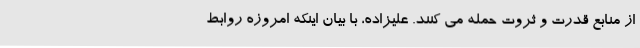
از منابع قدرت و ثروت حمله می کنند. علیزاده، با بیان اینکه امروزه روابط